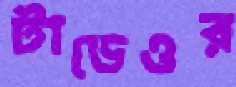
টাডেওর